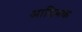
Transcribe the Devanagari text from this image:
आडिबक